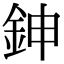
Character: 鉮